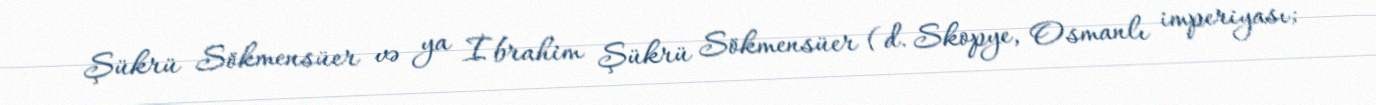
Şükrü Sökmensüer və ya İbrahim Şükrü Sökmensüer (d. Skopye, Osmanlı imperiyası;